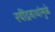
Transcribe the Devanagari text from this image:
रवींद्रनाथांमुळे